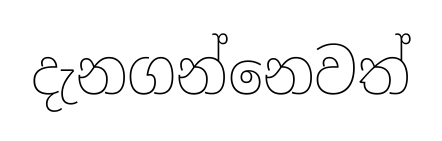
දැනගන්නෙවත්